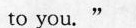
to you.